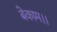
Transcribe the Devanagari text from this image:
बेकाम।।